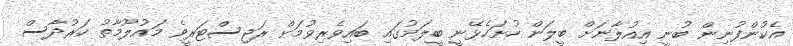
އެކުންފުނިން ބުނީ އިއުލާނަށް ބީލަން ހުށަހެޅޭނީ ބީލަމުގައި ބައިވެރިވުމަށް ރަޖިސްޓަރީވެ މައުލޫމާތު ކަރުދާސް